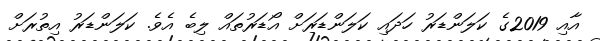
އާއި 2019ގެ ކަލަންޑަރު ހަދައި ކަލަންޑަރަށް އޯޑަރުތައް ލިބެ އެވެ. ކަލަންޑަރު އިތުރަށް